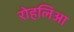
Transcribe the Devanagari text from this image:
रोहलिआ